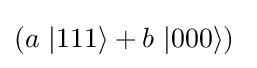
(a\ |111\rangle +b\ |000\rangle )\